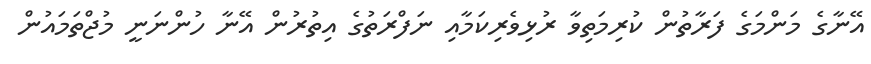
އޭނާގެ މަންމަގެ ފަރާތުން ކުރިމަތިވާ ރުޅިވެރިކަމާއި ނަފްރަތުގެ އިތުރުން އޭނާ ހުންނަނީ މުޖްތަމައުން